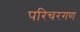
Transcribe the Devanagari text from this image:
परिचरगण